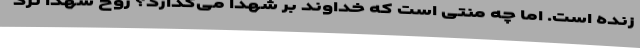
زنده است. اما چه منتی است که خداوند بر شهدا می‌گذارد؟ روح شهدا نزد